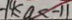
- 1 4 \leq a < - 1 1